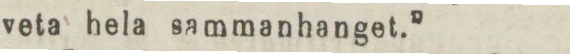
veta hela sammanhanget.”